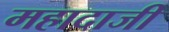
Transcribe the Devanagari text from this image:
महादाजी